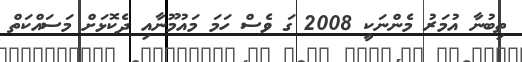
ތިބުނާ އުމަރު މެންނަކީ 2008 ގަ ވެސް ހަމަ މައުމޫނާއި ދެކޮޅަށް މަސައްކަތް